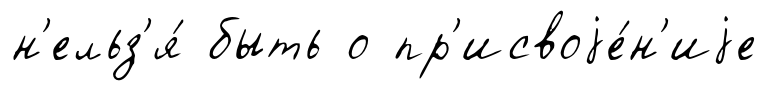
н'ельз'я́ быть о пр'исвоjе́н'иjе